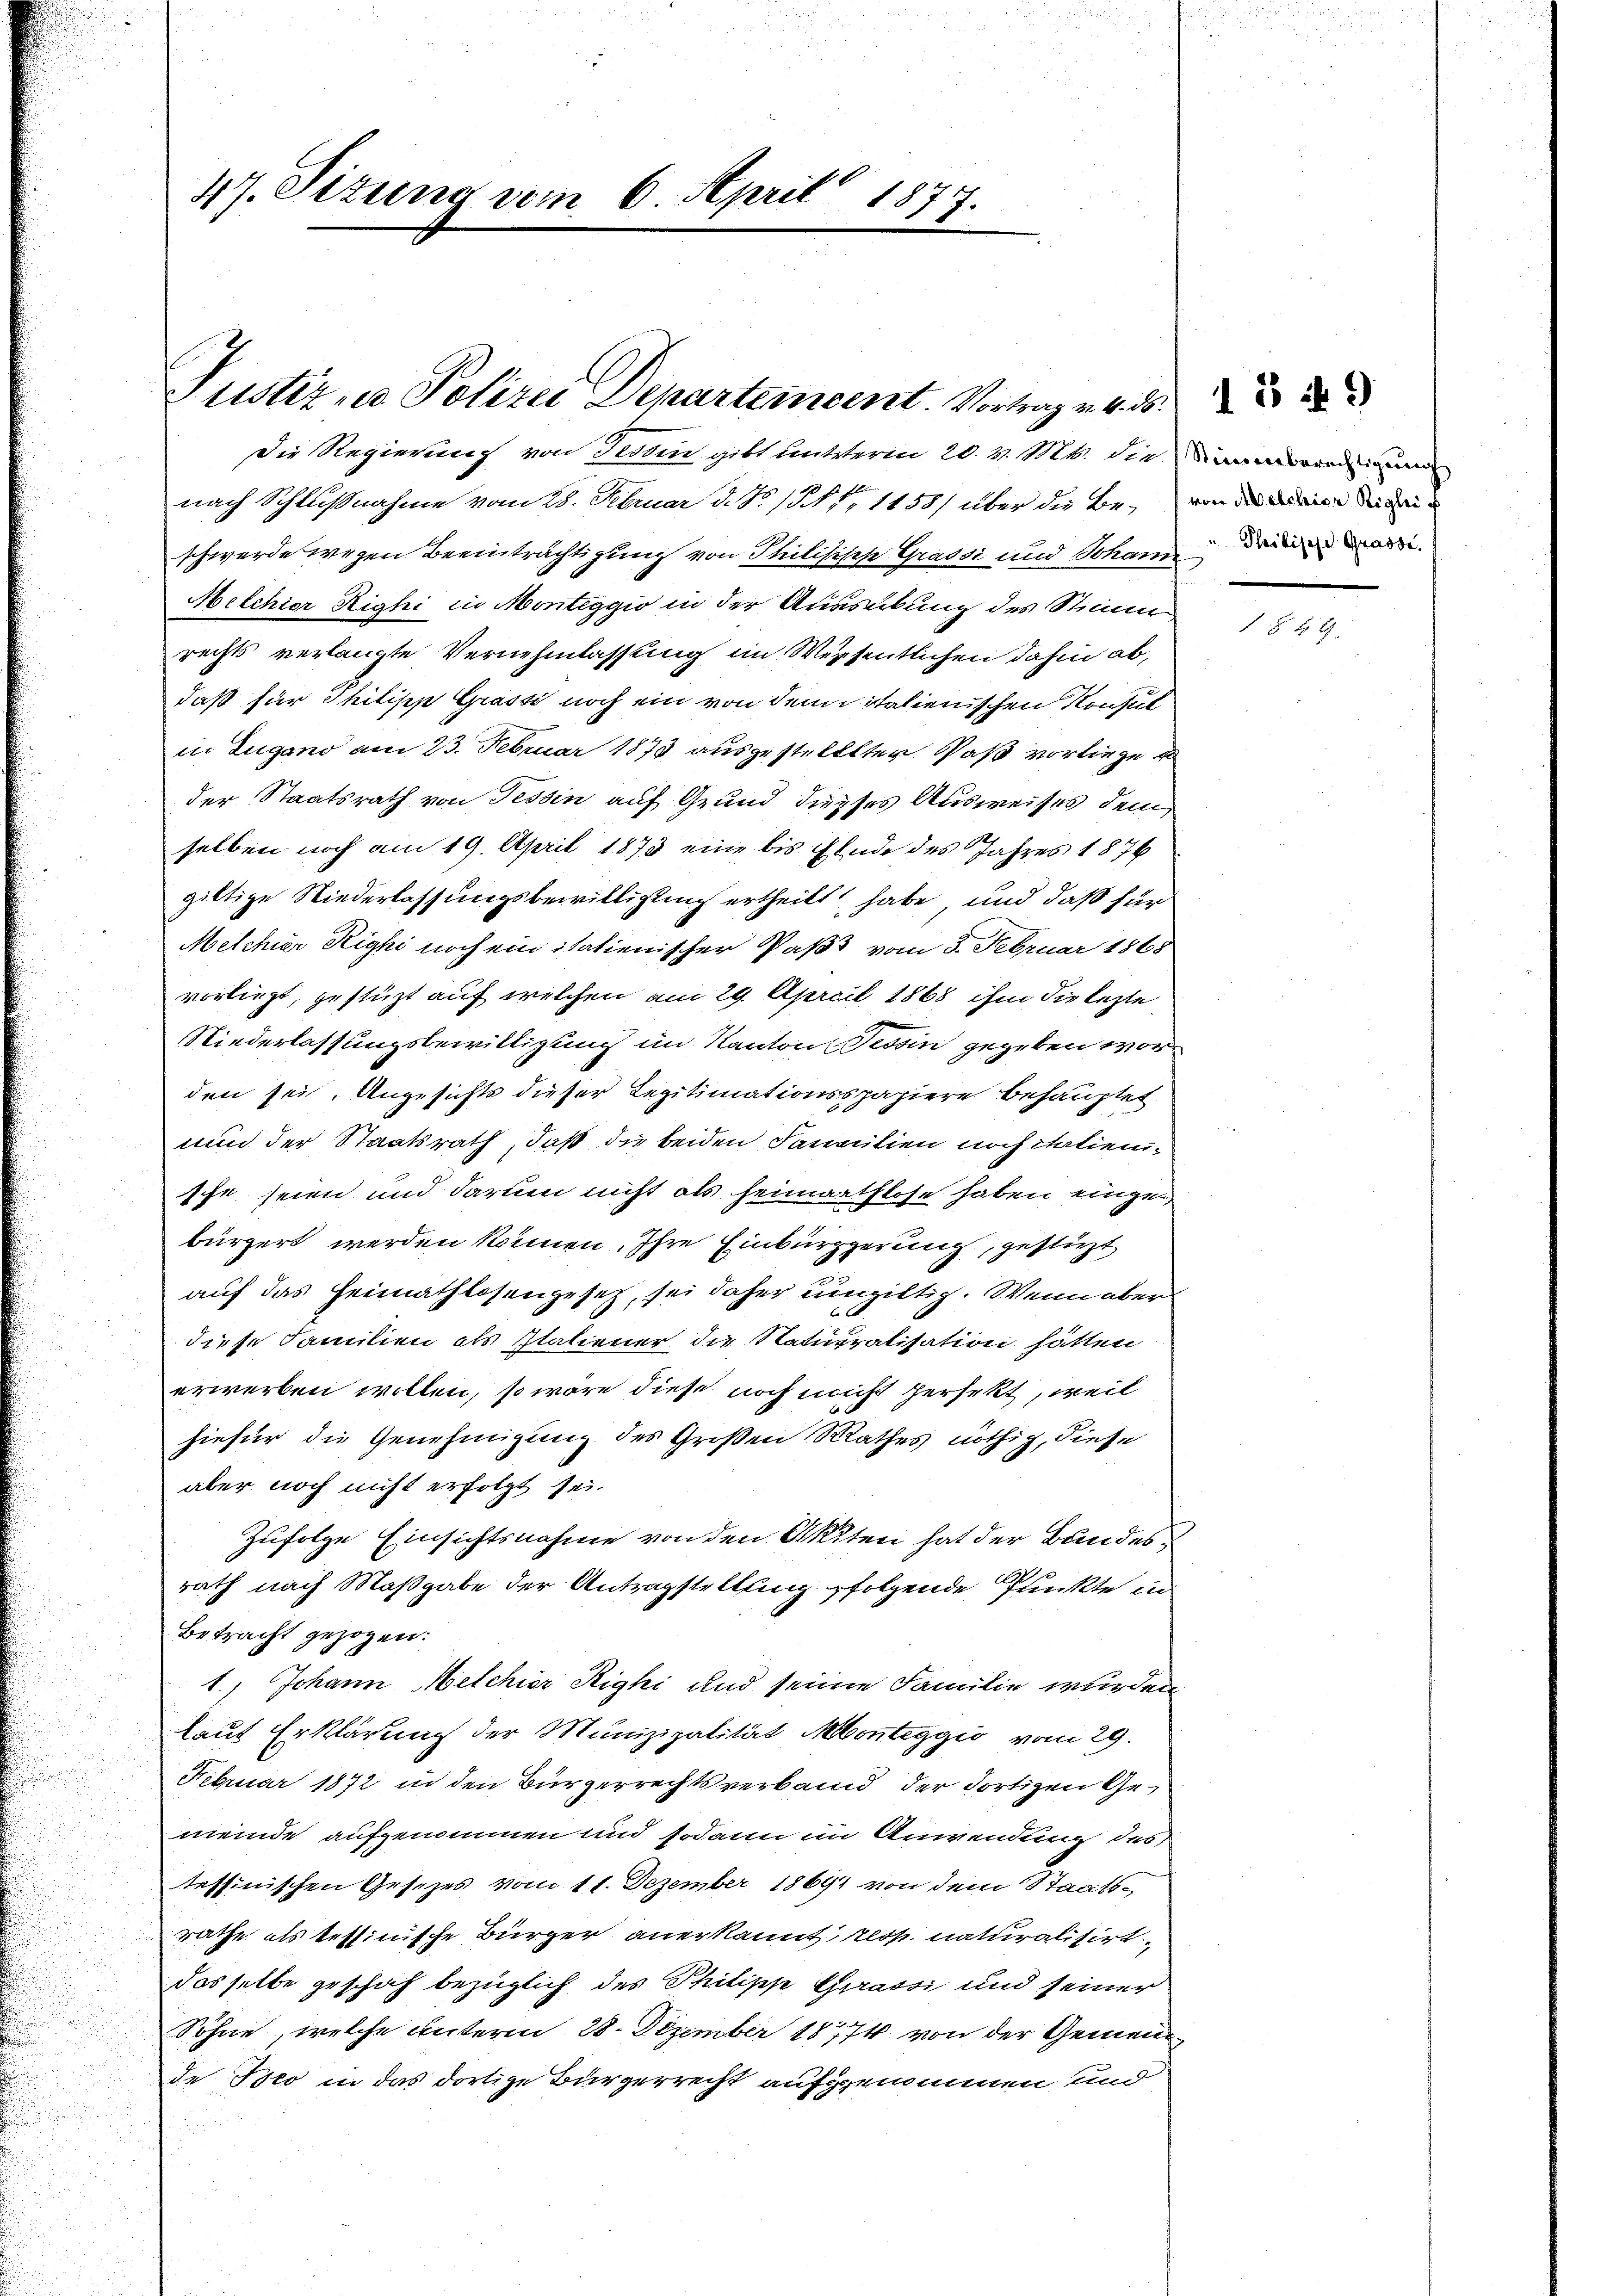
47. Sizung vom 6. April 1877.

Justiz in Polizei Departement. Vortrag v. M.

Die Regierung von Festen gibt unterm 20. v. Mts. die Sinnerendeigen
nach Schlußnahme vom 28. Februar d. No 13. 1, 1458/ über die Be- von die in de
schwerde wegen Beeinträchtigung von Philisisch Gradsi und Johann dann
Melchior Righi in Monteggio in der Ausübung des Stimmen
rechts verlangte Vernehmlassung im Wesentlichen dahin ab,
daß für Philipp Grassi noch ein von dem italienischen Konsul
in Lugano am 23. Februar 1873 ausgestelltter Paß vorliege
der Staatsrath von Tessin auf Grund diesses Ausweises dem
selben noch am 19. April 1873 eine bis Ende des Jahres 1876
giltige Niederlassungsbewilligung ertheilt habe und daß für
Melchior Righi noch ein italienischer Paß vom 5. Februar 1868
vorliegt, gestüzt auf welchen am 29. April 1868 ihm die lezte
Niederlassungsbewilligung im Kanton Tessin gegeben worden sei. Angesichts dieser Legitimationsspapiere behauptet
uun der Staatsrath, daß die beiden Familien noch italienische seien und darum nicht als heimathlose haben eingebürgert werden können. Ihre Einbürgerung, gestürzt
auf das Heimathlosengesetz, sei daher umgiltig. Wenn aber
diese Familien als Italiener die Naturalisation hätten
erwerben wollen, so wäre diese noch nicht herfekt, weil
hiefür die Genehmigung des Großen Rathes nöthig, diese
aber noch nicht erfolgt sei.
Zufolge Einsichtsnahme von den Akten hat der Bundes
rath nach Maßgabe der Antragstellung folgende Punkte in
Betracht gezogen:
1.) Johann Melchior Righi und seinen Familie wurden
laut Erklärung der Munizipalität Monteggio vom 29.
Februar 1872 in den Bürgerrechtsverbann der dortigen Gemeinde aufgenommen und sodann in Anwendung des
tessinischen Gesezes vom 11. Dezember 1869 von dem Staatsrathe als tettinische Bürger anerkannt, les naturalisirt
dasselbe geschah bezüglich des Philipp Grrassi und seiner
Söhne, welche unterm 28. Dezember 18774 von der Gemeinde Isco in das dortige Bürgerrecht aufgenommen und

zu